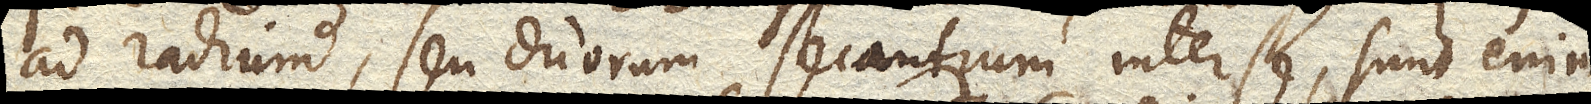
ad radium, seu duorum secantium inter se, sunt enim